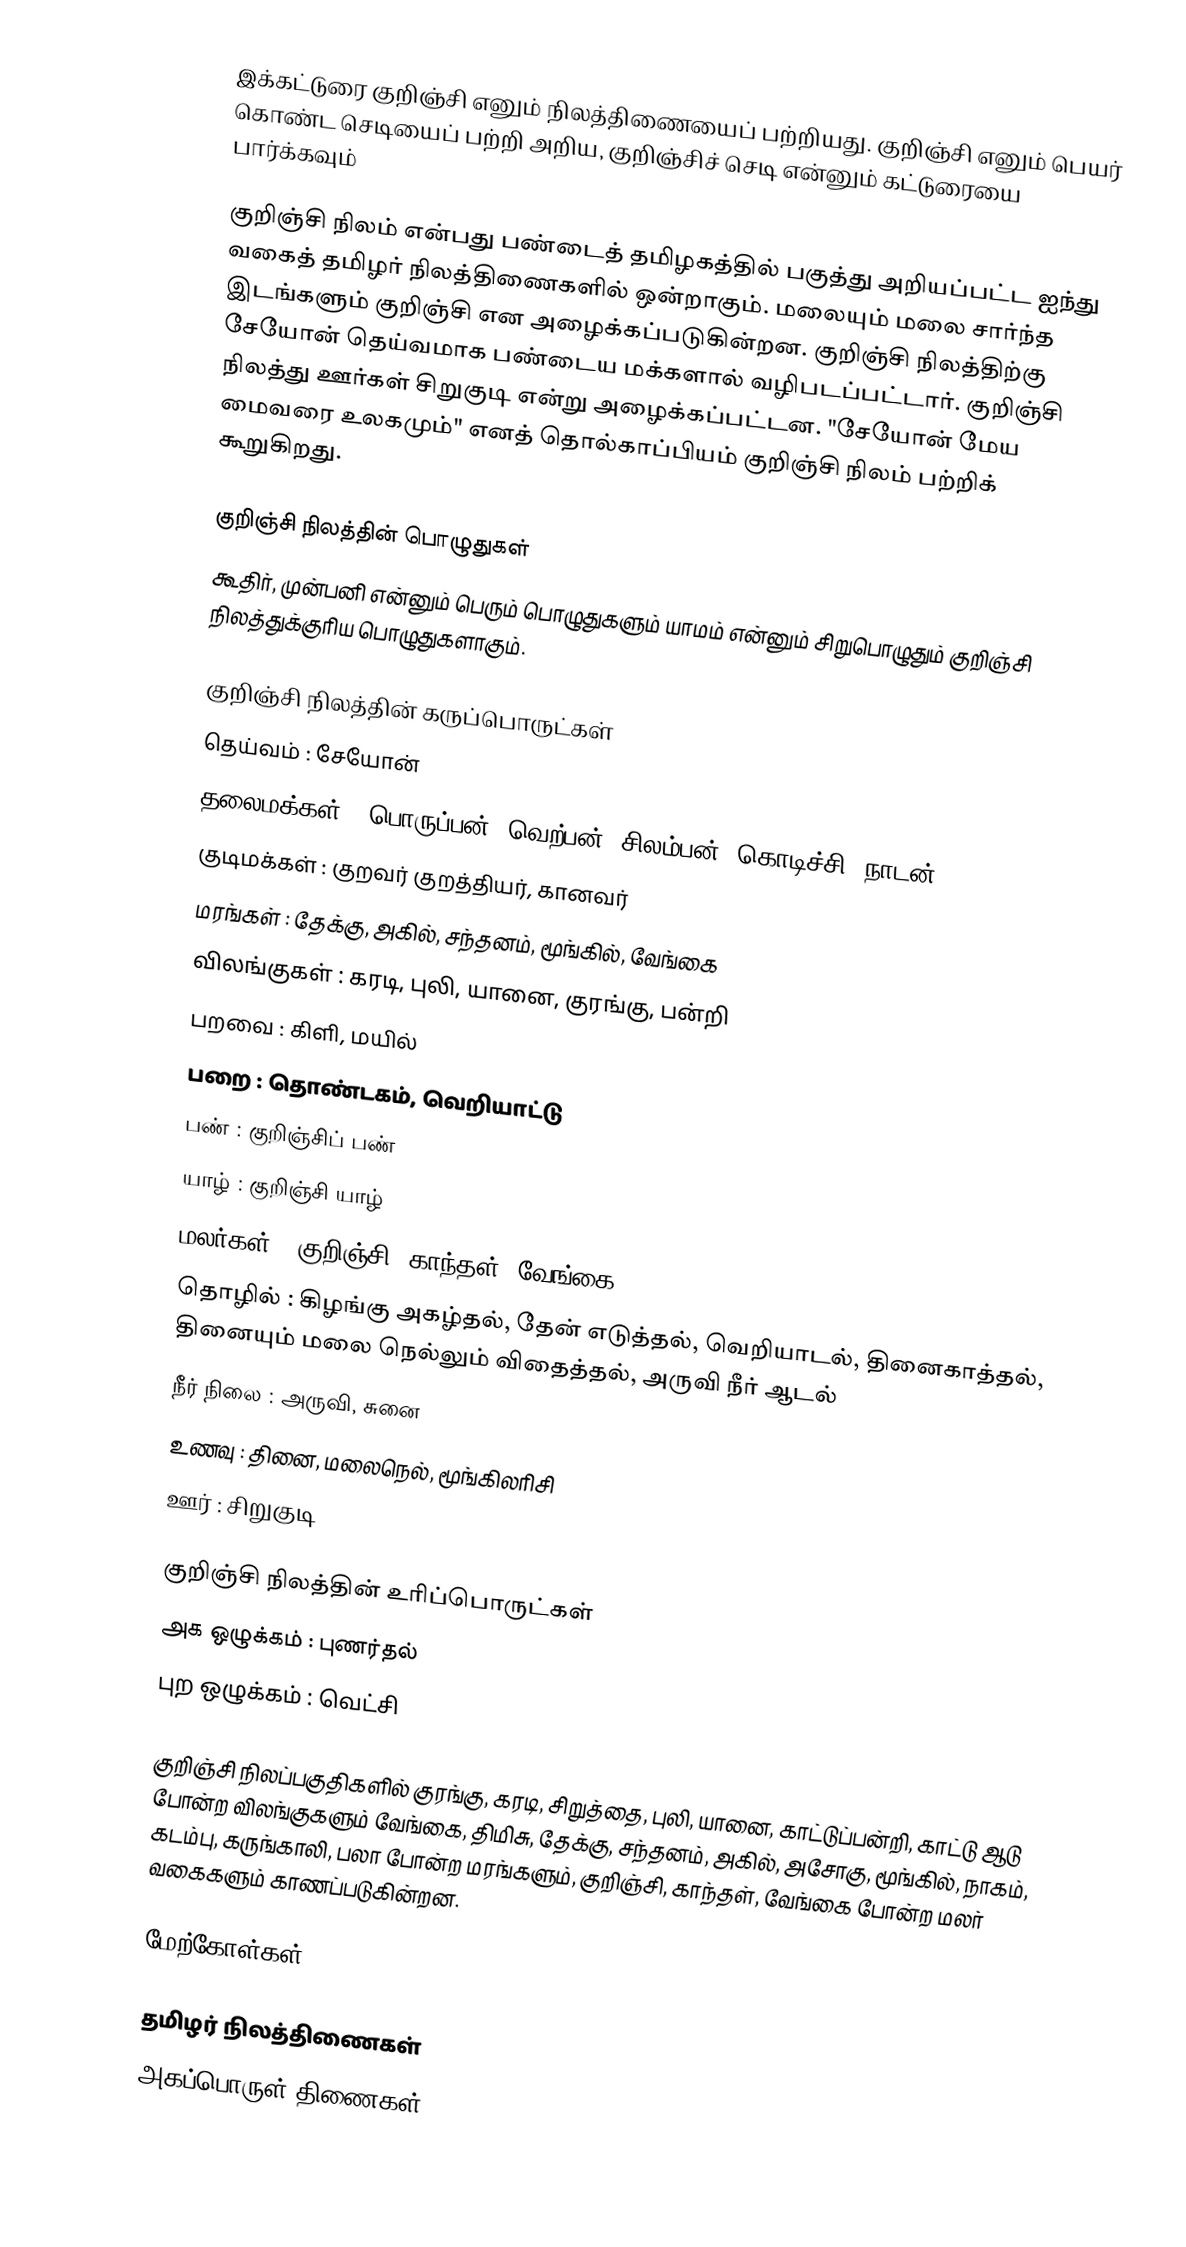
இக்கட்டுரை குறிஞ்சி எனும் நிலத்திணையைப் பற்றியது. குறிஞ்சி எனும் பெயர் கொண்ட செடியைப் பற்றி அறிய, குறிஞ்சிச் செடி என்னும் கட்டுரையை பார்க்கவும்

குறிஞ்சி நிலம் என்பது பண்டைத் தமிழகத்தில் பகுத்து அறியப்பட்ட ஐந்து வகைத் தமிழர் நிலத்திணைகளில் ஒன்றாகும். மலையும் மலை சார்ந்த இடங்களும் குறிஞ்சி என அழைக்கப்படுகின்றன. குறிஞ்சி நிலத்திற்கு சேயோன் தெய்வமாக பண்டைய மக்களால் வழிபடப்பட்டார். குறிஞ்சி நிலத்து ஊர்கள் சிறுகுடி என்று அழைக்கப்பட்டன. "சேயோன் மேய மைவரை உலகமும்" எனத் தொல்காப்பியம் குறிஞ்சி நிலம் பற்றிக் கூறுகிறது.

குறிஞ்சி நிலத்தின் பொழுதுகள்
கூதிர், முன்பனி என்னும் பெரும் பொழுதுகளும் யாமம் என்னும் சிறுபொழுதும் குறிஞ்சி நிலத்துக்குரிய பொழுதுகளாகும்.

குறிஞ்சி நிலத்தின் கருப்பொருட்கள்
 தெய்வம்         : சேயோன்
 தலைமக்கள் : பொருப்பன், வெற்பன், சிலம்பன், கொடிச்சி, நாடன்
 குடிமக்கள்     : குறவர் குறத்தியர், கானவர்
 மரங்கள்         : தேக்கு, அகில், சந்தனம், மூங்கில், வேங்கை
 விலங்குகள்   : கரடி, புலி, யானை, குரங்கு, பன்றி
 பறவை           : கிளி, மயில்
 பறை              : தொண்டகம், வெறியாட்டு
 பண்                :  குறிஞ்சிப் பண்
 யாழ்               : குறிஞ்சி யாழ்
 மலர்கள்        : குறிஞ்சி, காந்தள், வேங்கை
 தொழில்        : கிழங்கு அகழ்தல், தேன் எடுத்தல், வெறியாடல், தினைகாத்தல், தினையும் மலை நெல்லும் விதைத்தல், அருவி நீர் ஆடல்
 நீர்  நிலை     : அருவி, சுனை
 உணவு           : தினை, மலைநெல், மூங்கிலரிசி
 ஊர்                : சிறுகுடி

குறிஞ்சி நிலத்தின் உரிப்பொருட்கள்
 அக ஒழுக்கம் : புணர்தல்
 புற ஒழுக்கம் : வெட்சி

குறிஞ்சி நிலப்பகுதிகளில் குரங்கு, கரடி, சிறுத்தை, புலி, யானை, காட்டுப்பன்றி, காட்டு ஆடு போன்ற விலங்குகளும் வேங்கை, திமிசு, தேக்கு, சந்தனம், அகில், அசோகு, மூங்கில், நாகம், கடம்பு, கருங்காலி, பலா போன்ற மரங்களும், குறிஞ்சி, காந்தள், வேங்கை போன்ற மலர் வகைகளும் காணப்படுகின்றன.

மேற்கோள்கள்

தமிழர் நிலத்திணைகள்
அகப்பொருள் திணைகள்